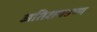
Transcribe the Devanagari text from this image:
अतिशयउष्ण